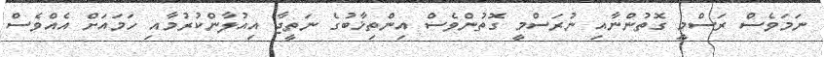
ނަމަވެސް ރަސްމީ ގޮތުންނާއި ނުރަސްމީ ގޮތުންވެސް އިންތިޚާބުގެ ނަތީޖާ އިއުލާންކުރުމާއި ހަމައަށް އެއްވެސް